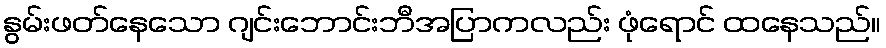
နွမ်းဖတ်နေသော ဂျင်းဘောင်းဘီအပြာကလည်း ဖုံရောင် ထနေသည်။